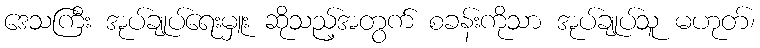
ဒေသကြီး အုပ်ချုပ်ရေးမှူး ဆိုသည့်အတွက် စခန်းကိုသာ အုပ်ချုပ်သူ မဟုတ်၊